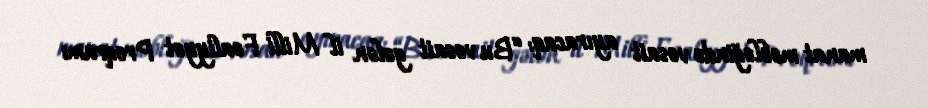
manat məbləğində vəsait ayıracaq: “Bu vəsait gələn il Milli Fəaliyyət Proqramı